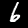
Label: 6